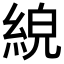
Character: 𦀸